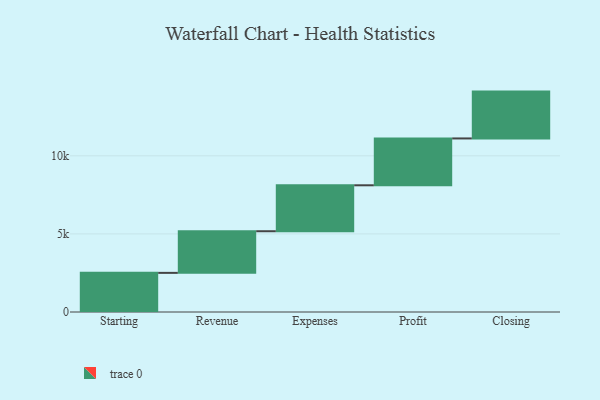
{"axis": {"x": "Step", "y": "Value"}, "legend": [""], "data": [{"x": "Starting", "y": 2506.0, "type": ""}, {"x": "Revenue", "y": 2667.0, "type": ""}, {"x": "Expenses", "y": 2942.0, "type": ""}, {"x": "Profit", "y": 3000, "type": ""}, {"x": "Closing", "y": 3000, "type": ""}]}